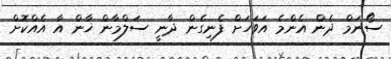
ސޯނަމް ދެން އެންމެ އަވަހަށް ފެނިގެން ދާނީ ސަލްމާން ޚާން އާ އެއްކޮށް